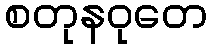
စတုနဝုတေ